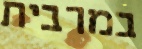
במרבית